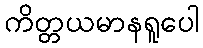
ကိတ္တယမာနရူပေါ